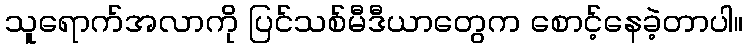
သူရောက်အလာကို ပြင်သစ်မီဒီယာတွေက စောင့်နေခဲ့တာပါ။